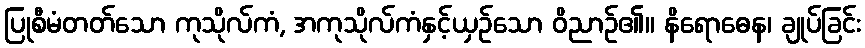
ပြုစီမံတတ်သော ကုသိုလ်ကံ, အကုသိုလ်ကံနှင့်ယှဉ်သော ဝိညာဉ်၏။ နိရောဓေန၊ ချုပ်ခြင်း